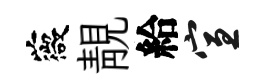
薇靚給宣